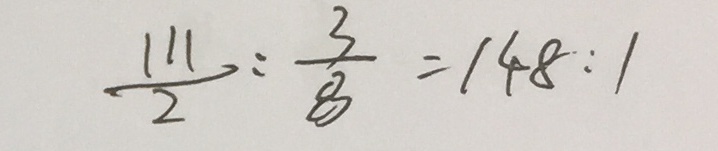
\frac { 1 1 1 } { 2 } : \frac { 3 } { 8 } = 1 4 8 : 1